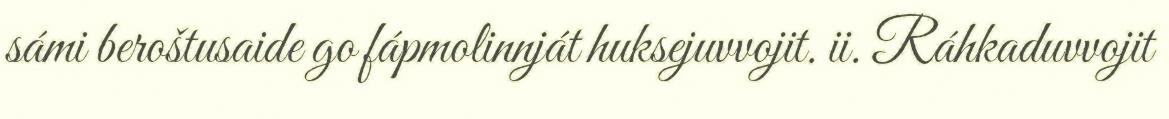
sámi beroštusaide go fápmolinnját huksejuvvojit. ii. Ráhkaduvvojit